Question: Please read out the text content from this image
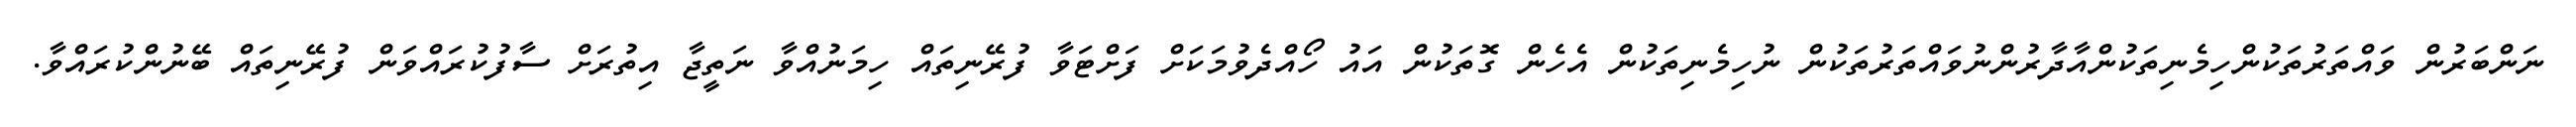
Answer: ނަންބަރުން ވައްތަރުތަކުންހިމެނިތަކުންއާދާރުންނުވައްތަރުތަކުން ނުހިމެނިތަކުން އެހެން ގޮތަކުން އައު ހޯއްދެވުމަކަށް ފަށްޓަވާ ފުރޭނިތައް ހިމަނުއްވާ ނަތީޖާ އިތުރަށް ސާފުކުރައްވަން ފުރޭނިތައް ބޭނުންކުރައްވާ.